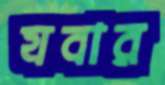
যবার